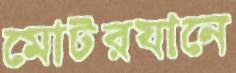
মোটরযানে